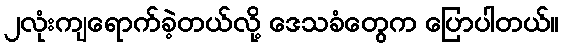
၂လုံးကျရောက်ခဲ့တယ်လို့ ဒေသခံတွေက ပြောပါတယ်။